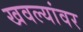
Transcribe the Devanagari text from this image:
खवल्यांवर